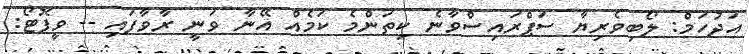
އަދުހަމް: ލޯބިވެރިޔާ ސަޕްރައިސްވާނެ ކިތަންމެ ކަމެއް އޭނާ ވަނީ ރާވާފައި -- ވީފޮޓޯ: